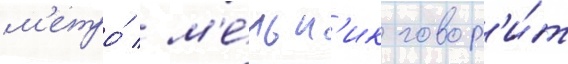
м'етро́ / м'е́льн'ик говор'и́т